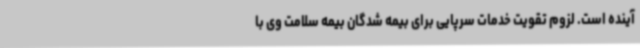
آینده است. لزوم تقویت خدمات سرپایی برای بیمه شدگان بیمه سلامت وی با